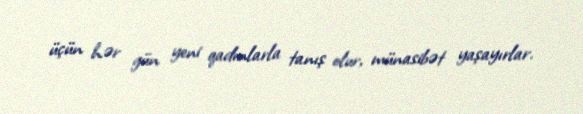
üçün hər gün yeni qadınlarla tanış olur, münasibət yaşayırlar.